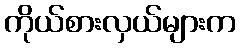
ကိုယ်စားလှယ်များက